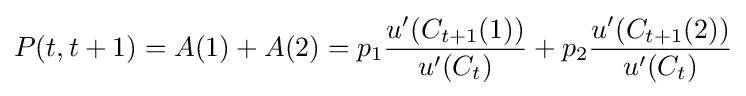
P(t,t+1)=A(1)+A(2)=p_{1}{\frac {u^{\prime }(C_{t+1}(1))}{u^{\prime }(C_{t})}}+p_{2}{\frac {u^{\prime }(C_{t+1}(2))}{u^{\prime }(C_{t})}}